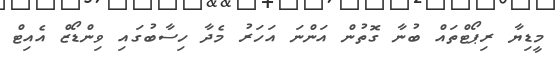
މީޑިޔާ ރިޕޯޓްތައް ބުނާ ގޮތުން އަންނަ އަހަރު މެދާ ހިސާބުގައި ވިންޑޯޒް އެއިޓް